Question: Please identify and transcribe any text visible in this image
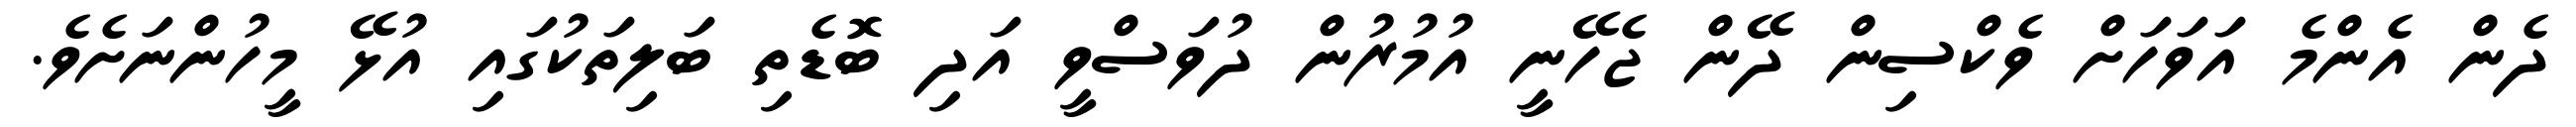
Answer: ދެން އެންމެ އަވަހަށް ވެކްސިން ދޭން ޖެހޭނީ އުމުރުން ދުވަސްވީ އަދި ބޮޑެތި ބަލިތަކުގައި އުޅޭ މީހުންނަށެވެ.